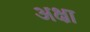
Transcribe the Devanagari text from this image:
अक्षा